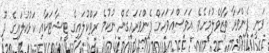
ވަނީ ފެންވަރާ ތާޒާވެލުމަށެވެ. އަވަސްއަވަހަށް ފެންވަރައިގެން ނުކުމެ ރަތްކުލައިގެ ޓީޝާޓަކާއި ކަޅުކުލައިގެ ދޫ